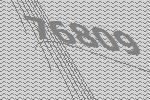
76809